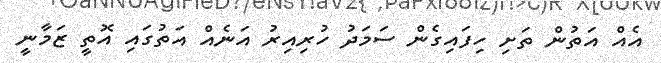
އެއް އަތުން ތަށި ހިފައިގެން ސަމަދު ހުރިއިރު އަނެއް އަތުގައި އޮތީ ޒަމާނީ